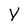
Character: Y